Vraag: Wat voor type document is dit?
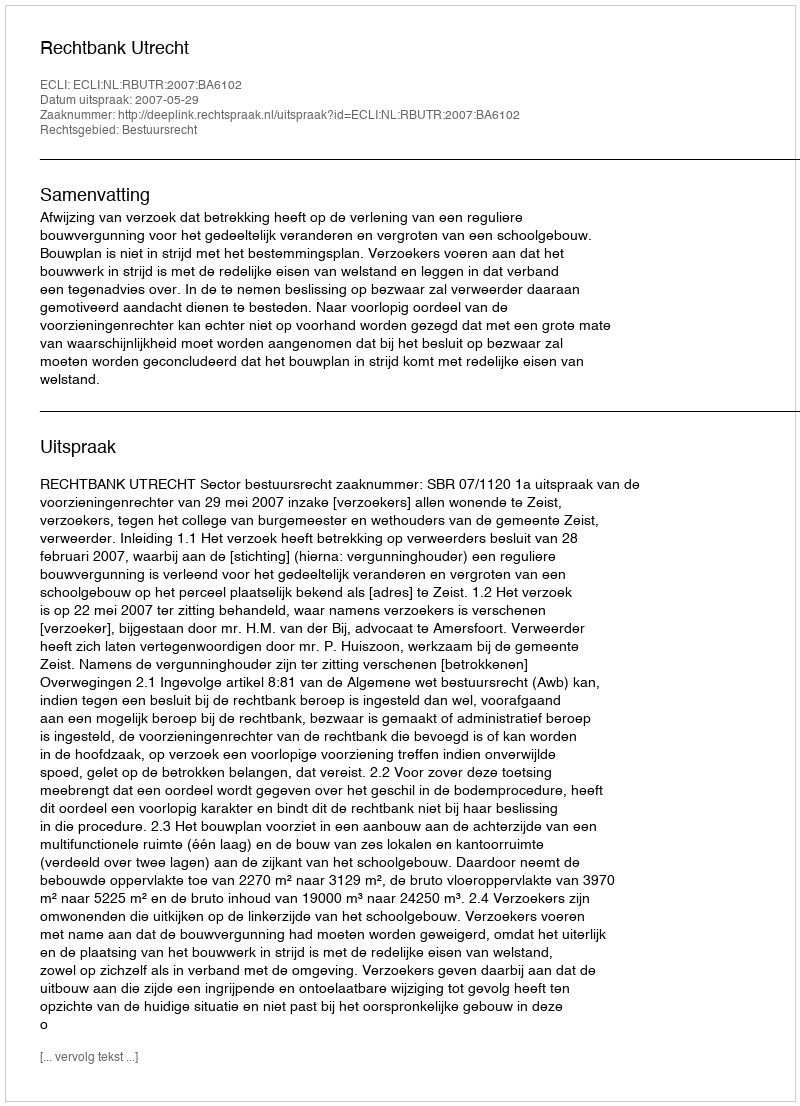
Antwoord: Uitspraak